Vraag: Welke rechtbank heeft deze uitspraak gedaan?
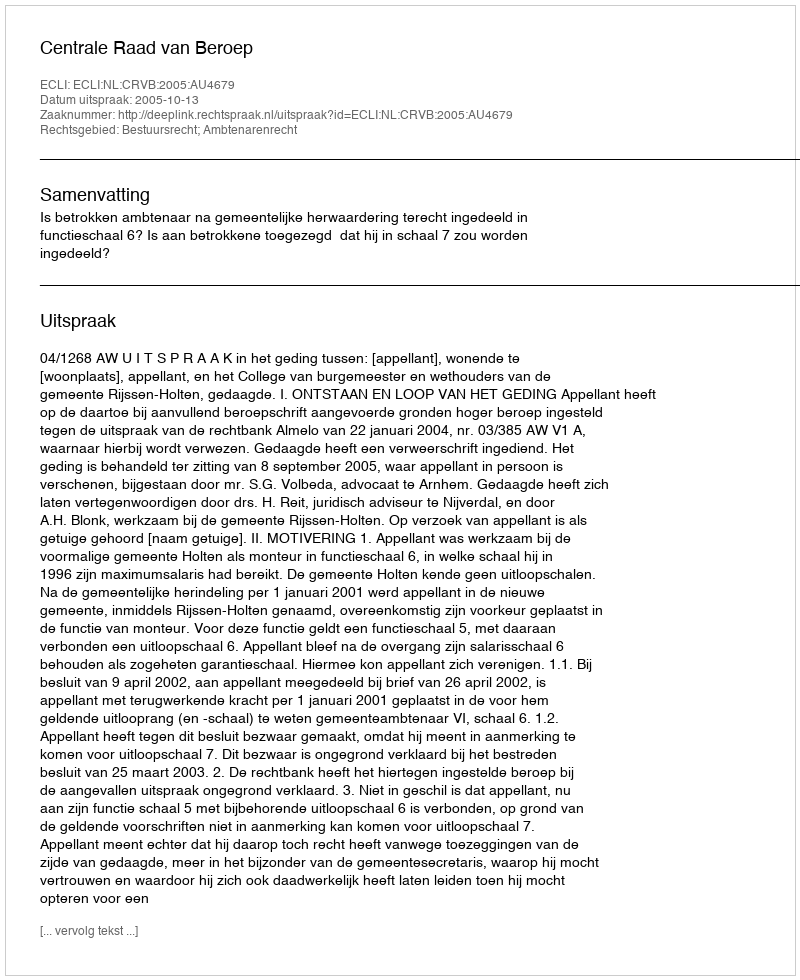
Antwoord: Centrale Raad van Beroep